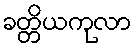
ခတ္တိယကုလာ